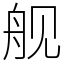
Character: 舰